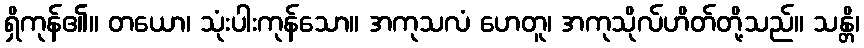
ရှိကုန်၏။ တယော၊ သုံးပါးကုန်သော။ အကုသလံ ဟေတူ၊ အကုသိုလ်ဟိတ်တို့သည်။ သန္တိ၊